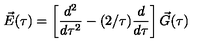
\vec { E } ( \tau ) = \left[ { \frac { d ^ { 2 } } { d \tau ^ { 2 } } } - ( 2 / \tau ) { \frac { d } { d \tau } } \right] \vec { G } ( \tau )